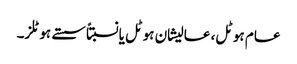
عام ہوٹل، عالیشان ہوٹل یانسبتاً سستے ہوٹلز۔